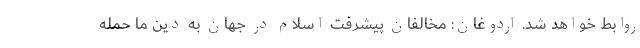
روابط خواهد شد. اردوغان: مخالفان پیشرفت اسلام در جهان به دین ما حمله